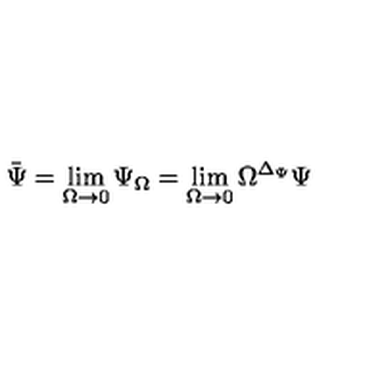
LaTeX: \bar { \Psi } = \lim _ { \Omega \to 0 } \Psi _ { \Omega } = \lim _ { \Omega \to 0 } \Omega ^ { \Delta _ { \Psi } } \Psi